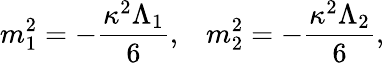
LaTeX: m_{1}^{2}=-\frac{\kappa^{2}\Lambda_{1}}{6},\; \; \; m_{2}^{2}=-\frac{\kappa^{2}\Lambda_{2}}{6},